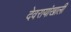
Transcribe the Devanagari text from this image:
देवरायांखाली